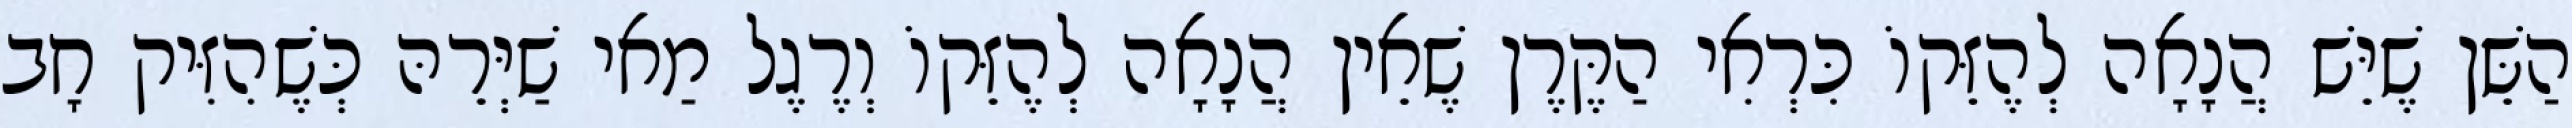
הַשֵּׁן שֶׁיֵּשׁ הֲנָאָה לְהֶזֵּקוֹ כִּרְאִי הַקֶּרֶן שֶׁאֵין הֲנָאָה לְהֶזֵּקוֹ וְרֶגֶל מַאי שַׁיְּרֵהּ כְּשֶׁהִזִּיק חָב